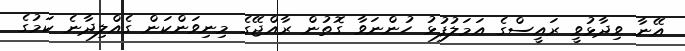
އޭނާ ވިދާޅުވީ ރައީސްގެ އަމަލުފުޅު ހުންނަވާ ގޮތުން ރާއްޖޭގެ މިނިވަންކަން ގެއްލިދާނެ ކަމުގެ